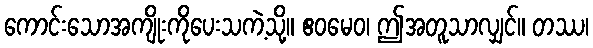
ကောင်းသောအကျိုးကိုပေးသကဲ့သို့။ ဧဝမေဝ၊ ဤအတူသာလျှင်။ တဿ၊